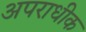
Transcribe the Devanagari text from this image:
अपराधीक